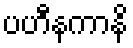
ပဟီနကာနိ